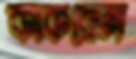
কাকরোল